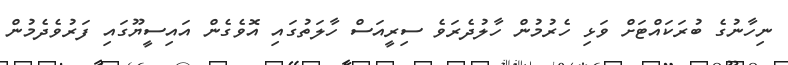
ނިހާނުގެ ބުރަކައްޓަށް ވަޅި ހެރުމުން ހާލުދެރަވެ ސިރީއަސް ހާލަތުގައި އޮވެގެން އައިސީޔޫގައި ފަރުވެދެމުން